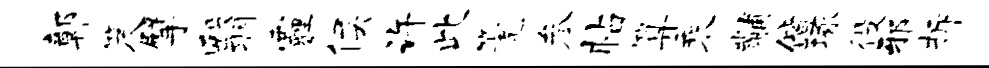
鄣笈擘翳霾侯许此篪参帖算乘黼偕琢役邪拆